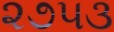
૨૭૫૩